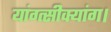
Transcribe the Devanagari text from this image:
यांग्त्सीक्यांग।